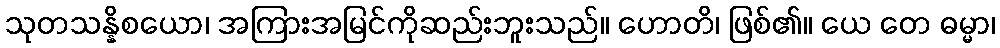
သုတသန္နိစယော၊ အကြားအမြင်ကိုဆည်းဘူးသည်။ ဟောတိ၊ ဖြစ်၏။ ယေ တေ ဓမ္မာ၊